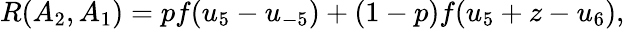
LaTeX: \begin{array}{r}{R(A_{2},A_{1})=pf(u_{5}-u_{-5})+(1-p)f(u_{5}+z-u_{6}),}\end{array}